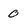
Character: 0